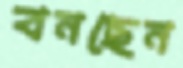
বনছেন